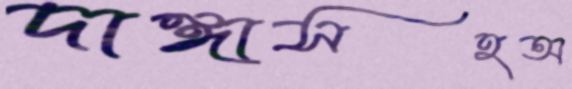
দাঙ্গাসহঅ